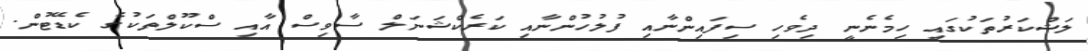
ލަޝްކަރުތަކުގައި ހިމެނެނީ ދިވެހި ސިފައިންނާއި ފުލުހުންނާއި ކަރެކްޝަނަލް ސާވިސް އާއި ސްކޫލްތަކުގެ ކެޑޭޓުން.